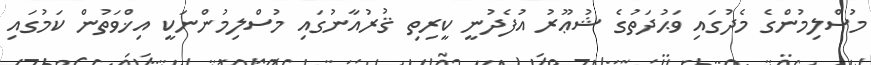
މުސްލިމުންގެ މެދުގައި ވަޙުދަތުގެ ޝުޢޫރު އުފެދުނީ ކީރިތި ޤުރުއާނުގައި މުސްލިމުންނަކީ އިޚްވަތުން ކަމުގައި